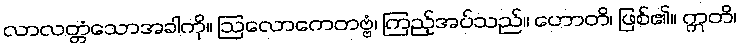
လာလတ္တံသောအခါကို။ ဩလောကေတဗ္ဗံ၊ ကြည့်အပ်သည်။ ဟောတိ၊ ဖြစ်၏။ ဣတိ၊